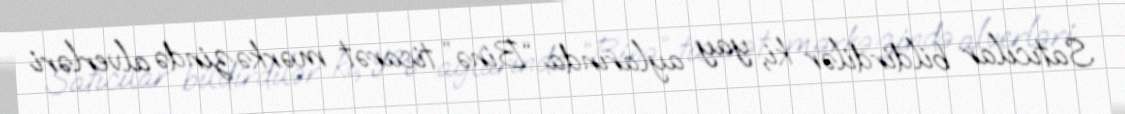
Satıcılar bildirdilər ki, yay aylarında “Binə” ticarət mərkəzində alverləri